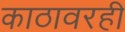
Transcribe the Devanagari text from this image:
काठावरही